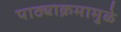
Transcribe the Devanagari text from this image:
पाठ्याक्रमामुळे